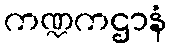
ကဏ္ဍကဌာနံ